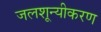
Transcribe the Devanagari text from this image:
जलशून्यीकरण